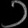
Digit: ၁